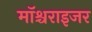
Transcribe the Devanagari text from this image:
मॉश्चराइजर